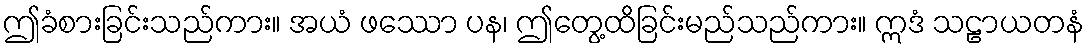
ဤခံစားခြင်းသည်ကား။ အယံ ဖဿော ပန၊ ဤတွေ့ထိခြင်းမည်သည်ကား။ ဣဒံ သဠာယတနံ